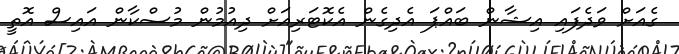
ގެއަށް ވަދެފައި އިޝާން ބައްޕަ އެދިގެން އެކޮޓަރިއަށް ދިއުމުން މުސްކާން އައިސް އޮތީ